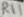
Text: R11